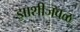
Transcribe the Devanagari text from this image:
झाशीजवळ